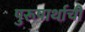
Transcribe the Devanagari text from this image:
पुरूषार्थाची